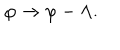
\varphi \rightarrow \varphi - \Lambda .